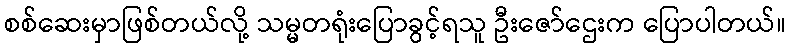
စစ်ဆေးမှာဖြစ်တယ်လို့ သမ္မတရုံးပြောခွင့်ရသူ ဦးဇော်ဌေးက ပြောပါတယ်။